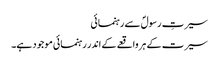
سیرتِ رسولؐ سے رہنمائی
سیرت کے ہر واقعے کے اندر رہنمائی موجود ہے۔